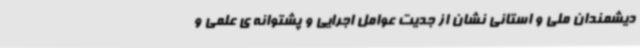
دیشمندان ملی و استانی نشان از جدیت عوامل اجرایی و پشتوانه ی علمی و